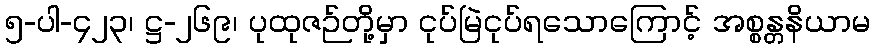
၅-ပါ-၄၂၃၊ ဋ္ဌ-၂၆၉၊ ပုထုဇဉ်တို့မှာ ငုပ်မြဲငုပ်ရသောကြောင့် အစ္စန္တနိယာမ